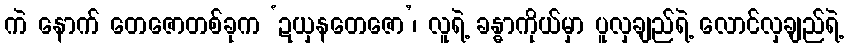
ကဲ နောက် တေဇောတစ်ခုက ‘ဍယှနတေဇော’၊ လူရဲ့ ခန္ဓာကိုယ်မှာ ပူလှချည်ရဲ့ လောင်လှချည်ရဲ့